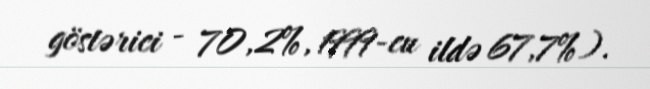
göstərici - 70,2%, 1999-cu ildə 67,7%).